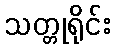
သတ္တုရိုင်း